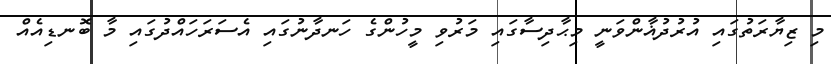
މި ޒިޔާރަތުގައި އުރުދުޣާންވަނީ މިޙާދިސާގައި މަރުވި މީހުންގެ ހަނދާނުގައި އެސަރަހައްދުގައި މާ ބޮނޑިއެއް